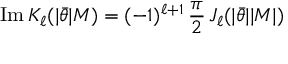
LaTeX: \mathrm { I m } \, K _ { \ell } ( | \bar { \theta } | M ) = ( - 1 ) ^ { \ell + 1 } \, { \frac { \pi } { 2 } } \, J _ { \ell } ( | \bar { \theta } | | M | )